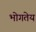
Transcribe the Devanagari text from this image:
भोगतेय